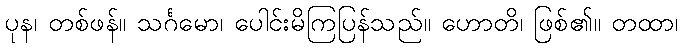
ပုန၊ တစ်ဖန်။ သင်္ဂမော၊ ပေါင်းမိကြပြန်သည်။ ဟောတိ၊ ဖြစ်၏။ တထာ၊